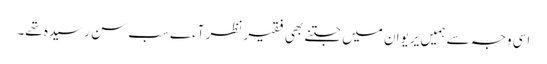
اسی وجہ سے ہمیں یریوان میں جتنے بھی فقیر نظر آءے سب سن رسیدہ تھے۔